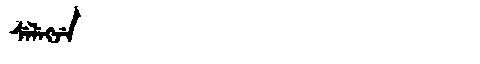
Manchu: ᠰᡝᠯᡝᡴᠵᡝ
Romanization: SELEKJE